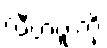
လီဗာပူးကို